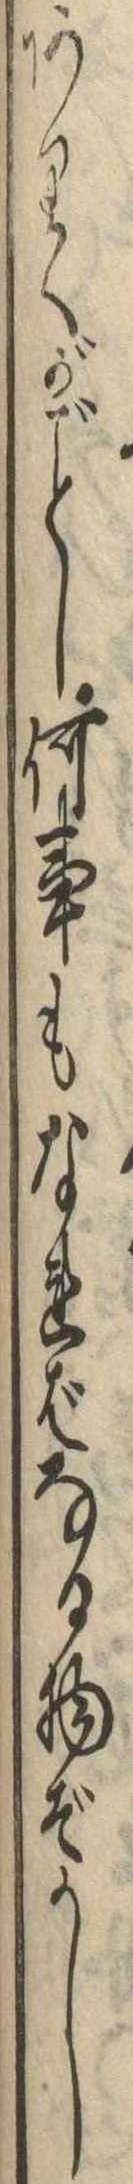
ありくがし何事もなればなる物ぞかし